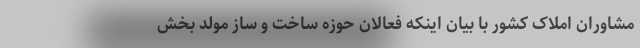
مشاوران املاک کشور با بیان اینکه فعالان حوزه ساخت و ساز مولد بخش